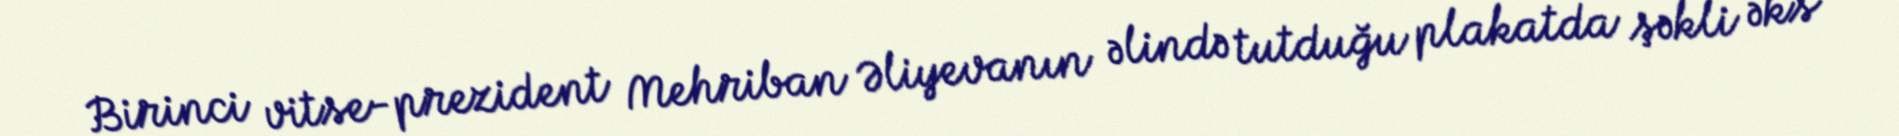
Birinci vitse-prezident Mehriban Əliyevanın əlində tutduğu plakatda şəkli əks